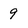
Character: 9